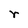
Character: r